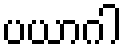
ပယာဂါ